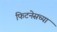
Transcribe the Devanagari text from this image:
फिटनेसच्या